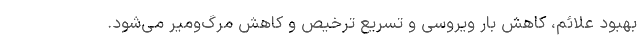
بهبود علائم، کاهش بار ویروسی و تسریع ترخیص و کاهش مرگ‌ومیر می‌شود.